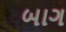
બાગ